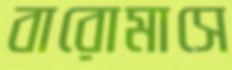
বারোমাসে